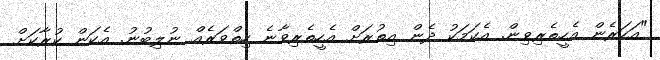
"އަހަރެން އެހީތެރިވިން. އެކަމަކު ދެން އިތުރަށް އެހީތެރިވާނެ ހިތްވަރެއް ނުލިބުނު. އެކަން ކުރާކަށް